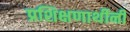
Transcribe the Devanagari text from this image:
प्रशिक्षणार्थीनी